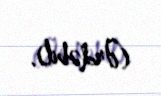
(Ərdəbil).